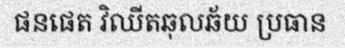
ផនផេត វិឈីតឆុលឆ័យ ប្រធាន